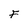
Character: F